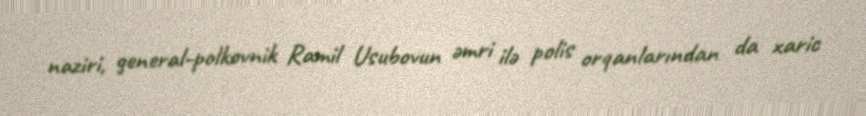
naziri, general-polkovnik Ramil Usubovun əmri ilə polis orqanlarından da xaric